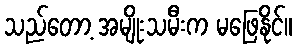
သည်တော့ အမျိုးသမီးက မဖြေနိုင်။